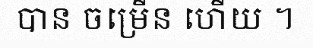
បាន ចម្រើន ហើយ ។